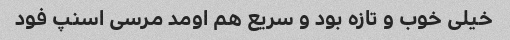
خیلی خوب و تازه بود و سریع هم اومد مرسی اسنپ فود